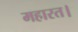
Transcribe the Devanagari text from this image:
महारत।